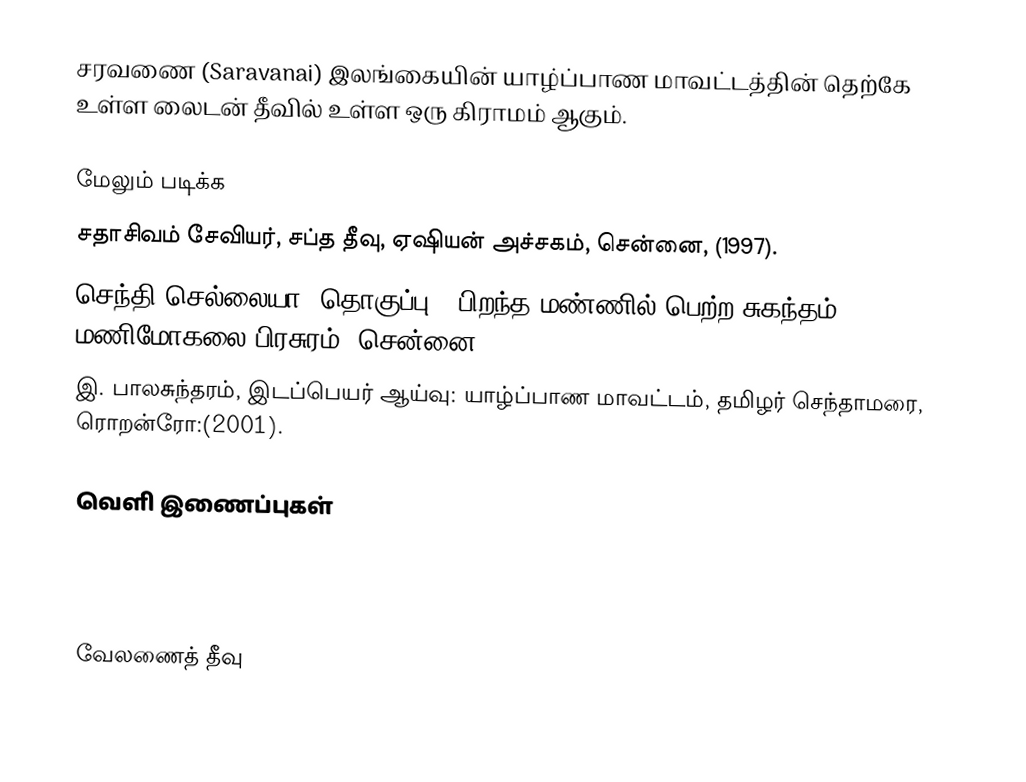
சரவணை (Saravanai) இலங்கையின் யாழ்ப்பாண மாவட்டத்தின் தெற்கே உள்ள லைடன் தீவில் உள்ள ஒரு கிராமம் ஆகும்.

மேலும் படிக்க
 சதாசிவம் சேவியர், சப்த தீவு, ஏஷியன் அச்சகம், சென்னை, (1997).
 செந்தி செல்லையா (தொகுப்பு), பிறந்த மண்ணில் பெற்ற சுகந்தம்,  மணிமோகலை பிரசுரம், சென்னை, (2001).
 இ. பாலசுந்தரம், இடப்பெயர் ஆய்வு: யாழ்ப்பாண மாவட்டம்,  தமிழர் செந்தாமரை, ரொறன்ரோ:(2001).

வெளி இணைப்புகள்

வேலணைத் தீவு